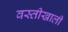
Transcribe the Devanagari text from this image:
वस्तीखाली